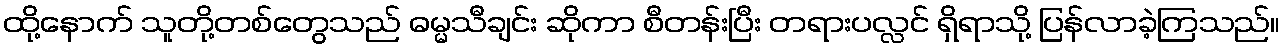
ထို့နောက် သူတို့တစ်တွေသည် ဓမ္မသီချင်း ဆိုကာ စီတန်းပြီး တရားပလ္လင် ရှိရာသို့ ပြန်လာခဲ့ကြသည်။